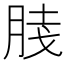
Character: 𰮦